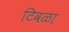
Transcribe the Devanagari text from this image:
टिवळा